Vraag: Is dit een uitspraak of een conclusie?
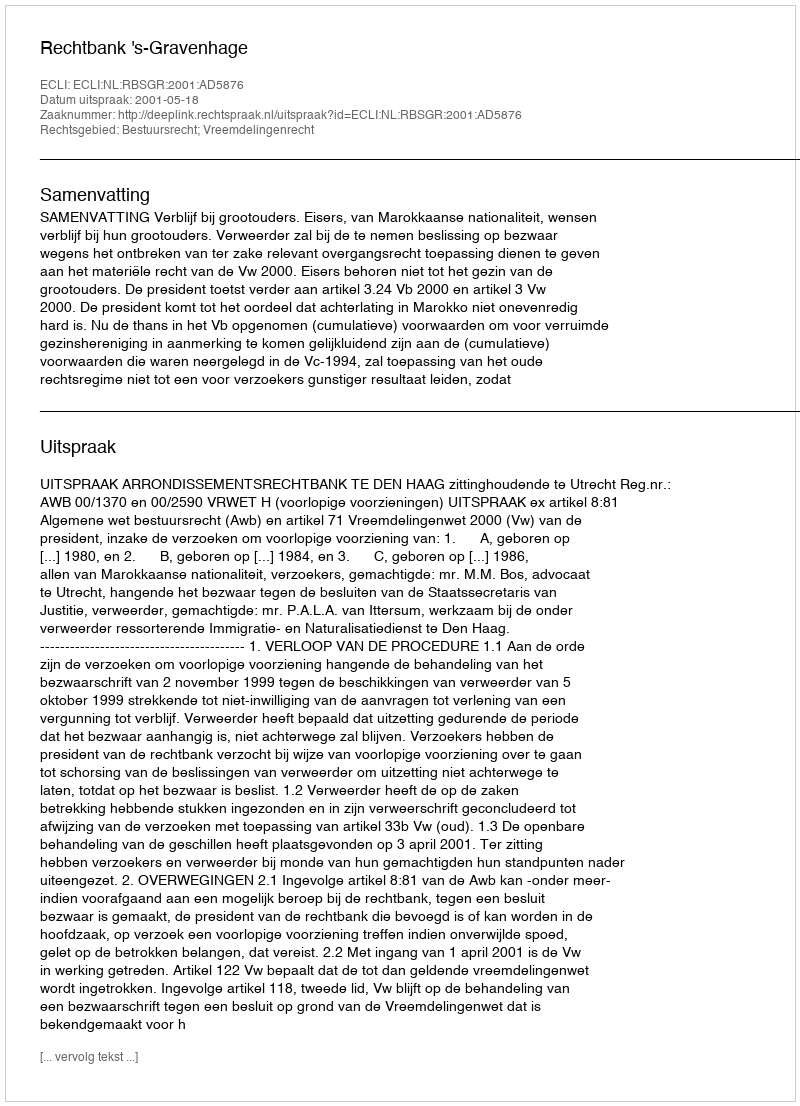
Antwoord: Uitspraak